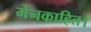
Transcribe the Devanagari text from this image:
मेनकाहित।